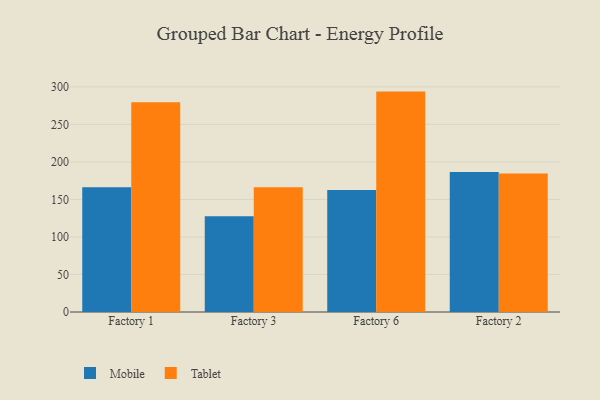
{"axis": {"x": "Factory", "y": "Page Views"}, "legend": ["Mobile", "Tablet"], "data": [{"x": "Factory 1", "y": 166.2, "type": "Mobile"}, {"x": "Factory 1", "y": 279.6, "type": "Tablet"}, {"x": "Factory 3", "y": 127.5, "type": "Mobile"}, {"x": "Factory 3", "y": 166.2, "type": "Tablet"}, {"x": "Factory 6", "y": 162.7, "type": "Mobile"}, {"x": "Factory 6", "y": 293.7, "type": "Tablet"}, {"x": "Factory 2", "y": 186.4, "type": "Mobile"}, {"x": "Factory 2", "y": 184.6, "type": "Tablet"}]}